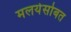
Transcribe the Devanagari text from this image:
मलयेसोबत